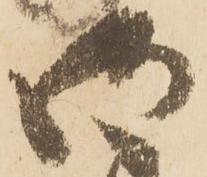
御